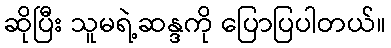
ဆိုပြီး သူမရဲ့ဆန္ဒကို ပြောပြပါတယ်။